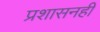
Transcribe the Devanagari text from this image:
प्रशासनही